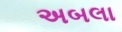
અબલા